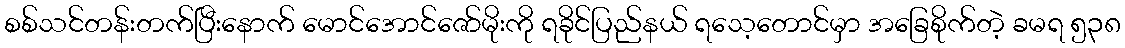
စစ်သင်တန်းတက်ပြီးနောက် မောင်အောင်ဇော်မိုးကို ရခိုင်ပြည်နယ် ရသေ့တောင်မှာ အခြေစိုက်တဲ့ ခမရ ၅၃၈